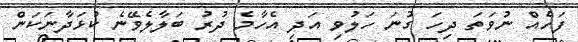
ފަހެއް ނުވަތަ ދިހަ ގުނަ ހަލުވި އަދި އެހާމެ ދުރު ބަލާލެވޭނެ ކުޅަދާނަކަން